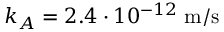
k _ { A } = 2 . 4 \cdot 1 0 ^ { - 1 2 } \; \mathrm { m } / \mathrm { s }